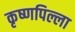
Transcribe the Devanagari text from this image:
कृष्णपिल्ला